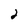
Character: 2